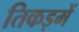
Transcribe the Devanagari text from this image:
तिकड़में